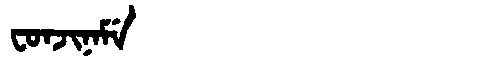
Manchu: ᠸᠣᠨᠵᡳᠨᠠᠮᡝ
Romanization: FONJINAME